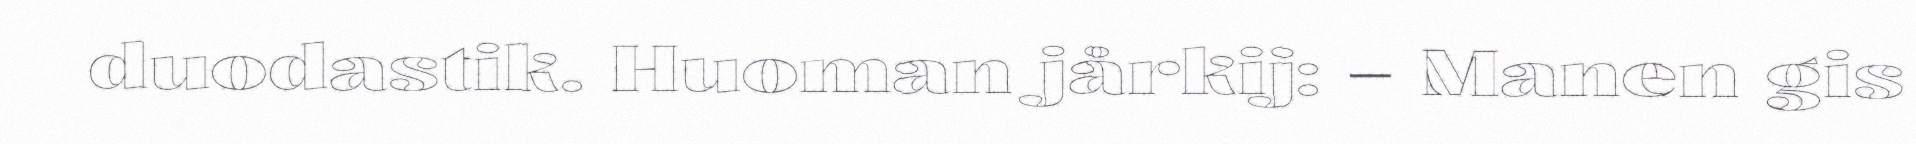
duodastik. Huoman jårkij: – Manen gis